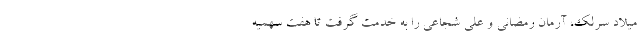
میلاد سرلک، آرمان رمضانی و علی شجاعی را به خدمت گرفت تا هفت سهمیه